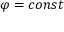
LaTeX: \varphi = c o n s t